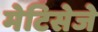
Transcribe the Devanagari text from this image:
मेटिसेजे